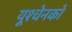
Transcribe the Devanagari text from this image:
यूश्चेनको